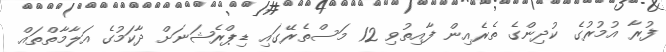
ފުރާ އުމުރުގެ ކުދިންގެ ތެރެއިން ފާއިތުވި 12 މަސްތެރޭގައި ޑިޕްރެޝަނަށް ދާކަމުގެ އަލާމާތްތައް